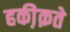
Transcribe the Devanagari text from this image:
हकी़क़ते